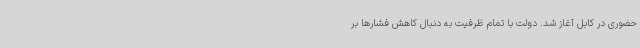
حضوری در کابل آغاز شد. دولت با تمام ظرفیت به دنبال کاهش فشارها بر